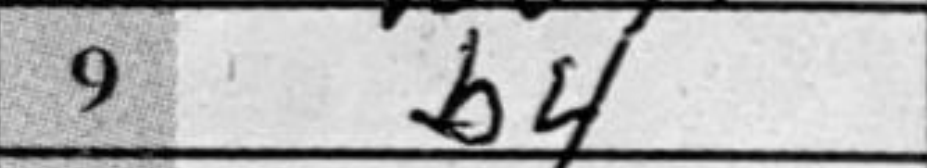
Transcription: b4